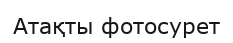
Атақты фотосурет